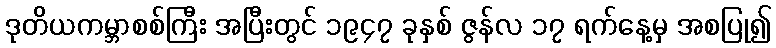
ဒုတိယကမ္ဘာစစ်ကြီး အပြီးတွင် ၁၉၄၇ ခုနှစ် ဇွန်လ ၁၇ ရက်နေ့မှ အစပြု၍